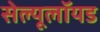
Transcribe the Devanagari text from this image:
सेल्यूलॉयड